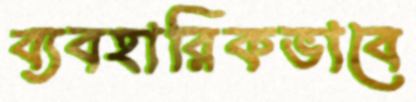
ব্যবহারিকভাবে